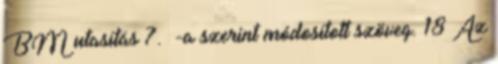
BM utasítás 7. §-a szerint módosított szöveg. 18 Az